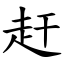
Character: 赶